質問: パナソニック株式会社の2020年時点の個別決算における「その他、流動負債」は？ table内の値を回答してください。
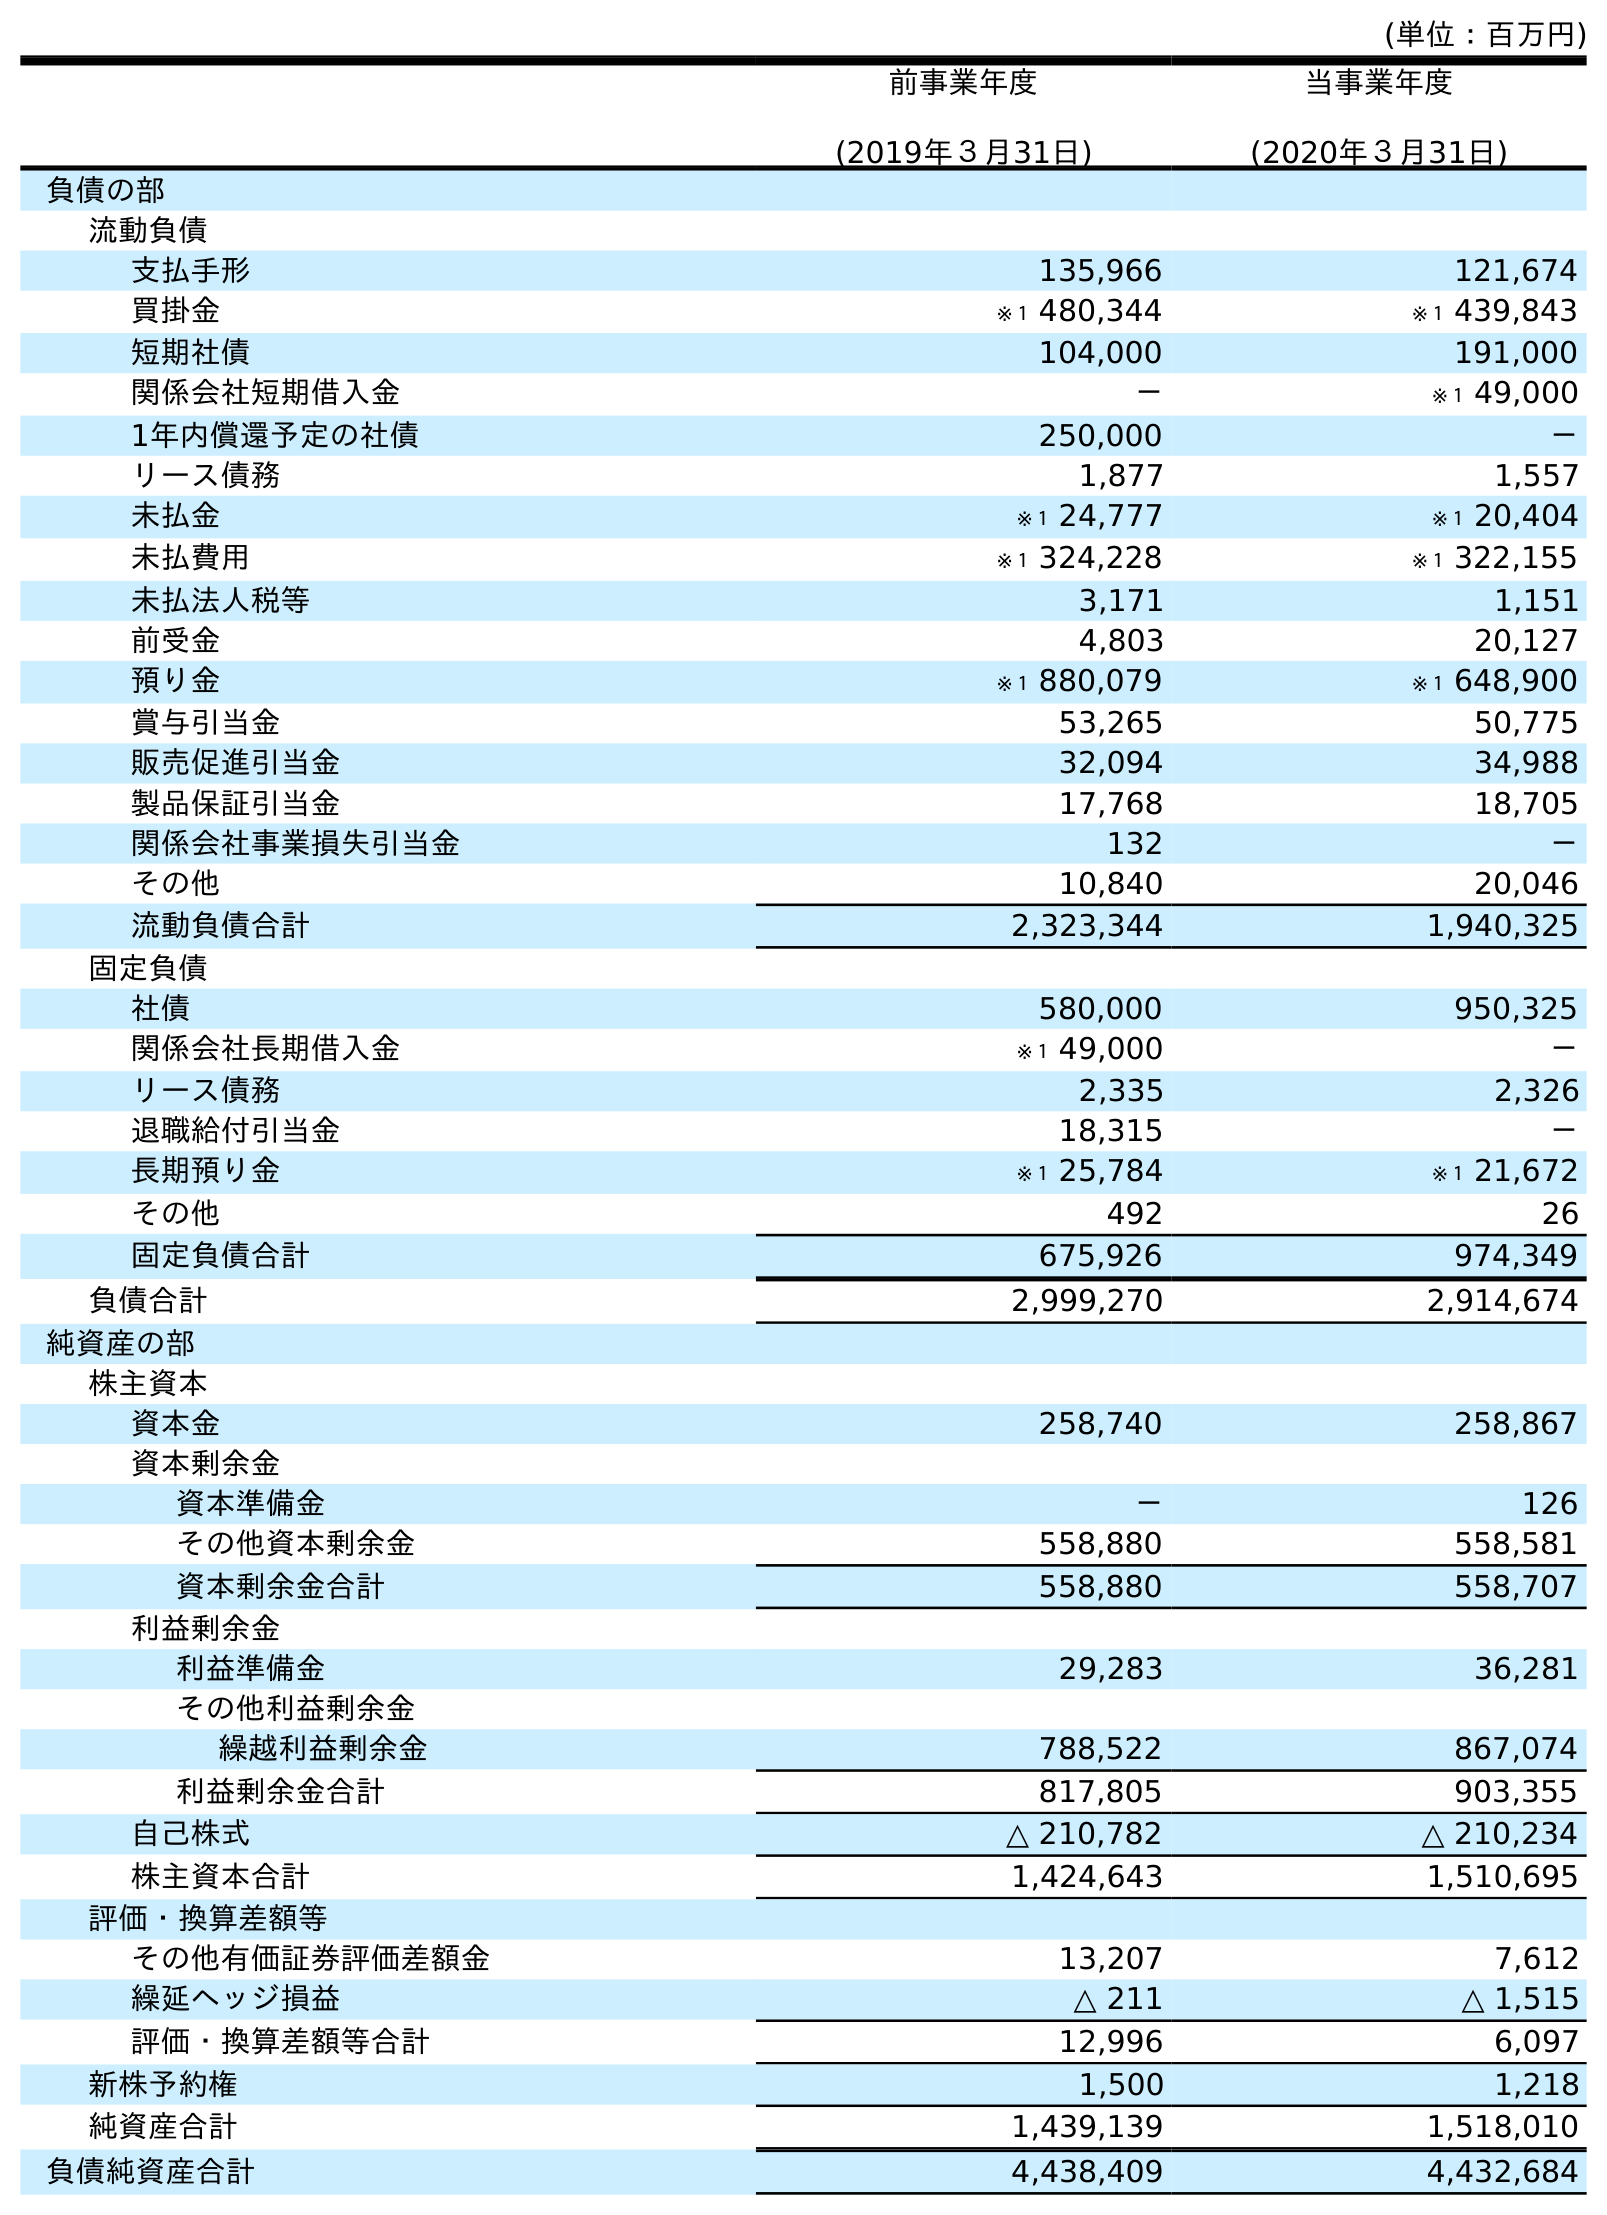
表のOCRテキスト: (単位：百万円) 前事業年度 (2019年３月31日) 当事業年度 (2020年３月31日) 負債の部 流動負債 支払手形 135,966 121,674 買掛金 ※１ 480,344 ※１ 439,843 短期社債 104,000 191,000 関係会社短期借入金 － ※１ 49,000 1年内償還予定の社債 250,000 － リース債務 1,877 1,557 未払金 ※１ 24,777 ※１ 20,404 未払費用 ※１ 324,228 ※１ 322,155 未払法人税等 3,171 1,151 前受金 4,803 20,127 預り金 ※１ 880,079 ※１ 648,900 賞与引当金 53,265 50,775 販売促進引当金 32,094 34,988 製品保証引当金 17,768 18,705 関係会社事業損失引当金 132 － その他 10,840 20,046 流動負債合計 2,323,344 1,940,325 固定負債 社債 580,000 950,325 関係会社長期借入金 ※１ 49,000 － リース債務 2,335 2,326 退職給付引当金 18,315 － 長期預り金 ※１ 25,784 ※１ 21,672 その他 492 26 固定負債合計 675,926 974,349 負債合計 2,999,270 2,914,674 純資産の部 株主資本 資本金 258,740 258,867 資本剰余金 資本準備金 － 126 その他資本剰余金 558,880 558,581 資本剰余金合計 558,880 558,707 利益剰余金 利益準備金 29,283 36,281 その他利益剰余金 繰越利益剰余金 788,522 867,074 利益剰余金合計 817,805 903,355 自己株式 △ 210,782 △ 210,234 株主資本合計 1,424,643 1,510,695 評価・換算差額等 その他有価証券評価差額金 13,207 7,612 繰延ヘッジ損益 △ 211 △ 1,515 評価・換算差額等合計 12,996 6,097 新株予約権 1,500 1,218 純資産合計 1,439,139 1,518,010 負債純資産合計 4,438,409 4,432,684
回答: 20,046